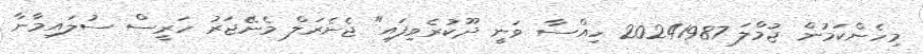
މިހެންކަމުން ޖުމްލަ 20241987 ހިއްސާ ވަނީ ދޫކުރެވިފައި" ޖެނެރަލް މެނޭޖަރު ހަރީސް ސުލައިމާނާ